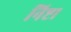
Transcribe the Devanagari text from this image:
निष्टा